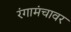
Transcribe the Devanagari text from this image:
रंगामंचावर